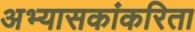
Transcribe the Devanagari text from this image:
अभ्यासकांकरिता